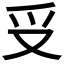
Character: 𠬪